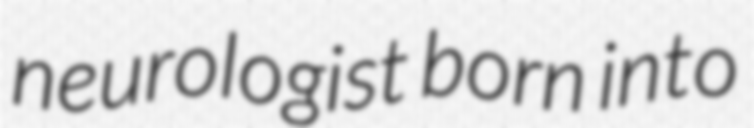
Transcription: neurologist born into